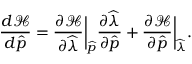
\frac { d \mathcal { H } } { d \widehat { \boldsymbol { p } } } = \frac { \partial \mathcal { H } } { \partial \widehat { \lambda } } \bigg \lvert _ { \widehat { \boldsymbol { p } } } \frac { \partial \widehat { \lambda } } { \partial \widehat { \boldsymbol { p } } } + \frac { \partial \mathcal { H } } { \partial \widehat { \boldsymbol { p } } } \bigg \lvert _ { \widehat { \lambda } } .